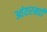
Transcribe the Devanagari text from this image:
आंतरनदी